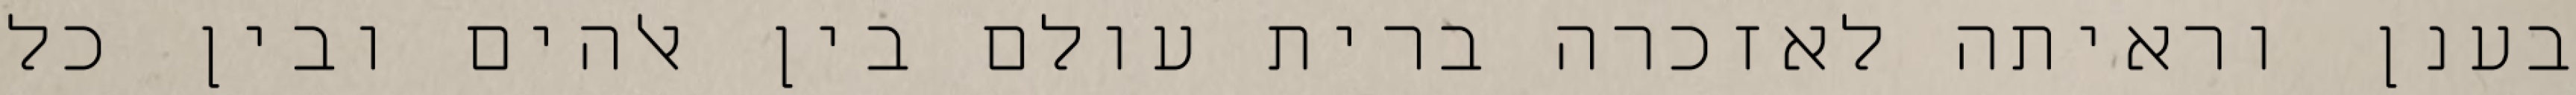
בענן וראיתה לאזכרה ברית עולם בין אלהים ובין כל